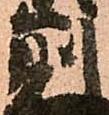
則